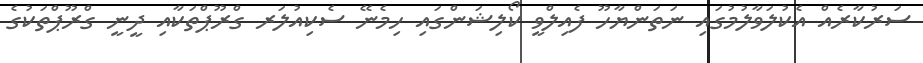
ސަރުކާރެއް އެކުލަވާލުމުގައި ނަތަންޔާހޫ ފެއިލްވީ ކޯލިޝަންގައި ހިމެނޭ ސެކިއުލަރ ގްރޫޕްތަކާއި ދީނީ ގްރޫޕްތަކުގެ